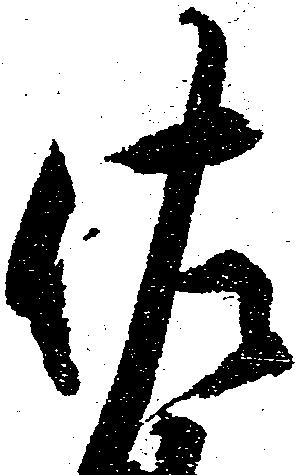
佐